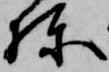
棟